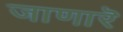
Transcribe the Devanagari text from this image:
जाणारॆ